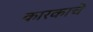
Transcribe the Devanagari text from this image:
कारकाचे